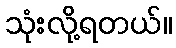
သုံးလို့ရတယ်။